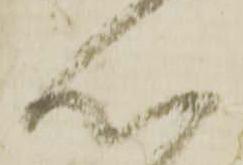
心